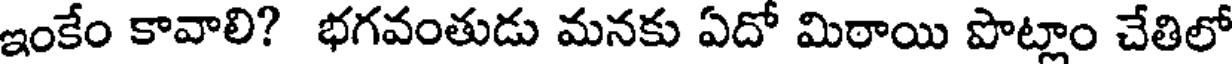
ఇంకేం కావాలి? భగవంతుడు మనకు ఏదో మిఠాయి పొట్లాం చేతిలో